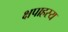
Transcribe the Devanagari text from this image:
क्षपाहस्य